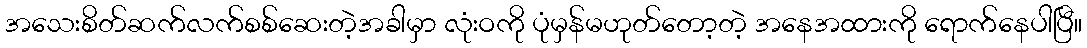
အသေးစိတ်ဆက်လက်စစ်ဆေးတဲ့အခါမှာ လုံးဝကို ပုံမှန်မဟုတ်တော့တဲ့ အနေအထားကို ရောက်နေပါပြီ။